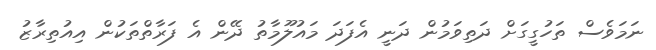
ނަމަވެސް ތަހުގީގަށް ދަތިވަމުން ދަނީ އެފަދަ މައުލޫމާތު ދޭން އެ ފަރާތްތަކުން އިއުތިރާޒު